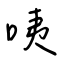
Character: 咦